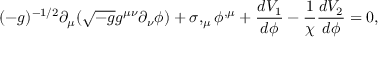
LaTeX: ( - g ) ^ { - 1 / 2 } \partial _ { \mu } ( \sqrt { - g } g ^ { \mu \nu } \partial _ { \nu } \phi ) + \sigma , _ { \mu } \phi ^ { , \mu } + \frac { d V _ { 1 } } { d \phi } - \frac { 1 } { \chi } \frac { d V _ { 2 } } { d \phi } = 0 ,